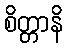
စိတ္တာနိ